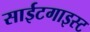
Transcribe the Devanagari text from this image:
साईटगाइस्ट